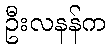
ဦးလနန်က